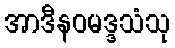
အာဒီနဝမဒ္ဒသံသု